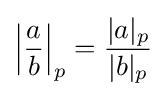
\left|{\frac {a}{b}}\right|_{p}={\frac {|a|_{p}}{|b|_{p}}}